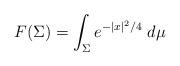
LaTeX: \begin{align*} F(\Sigma) = \int_\Sigma e^{-|x|^2 / 4}\; d\mu\end{align*}